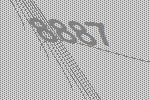
8887